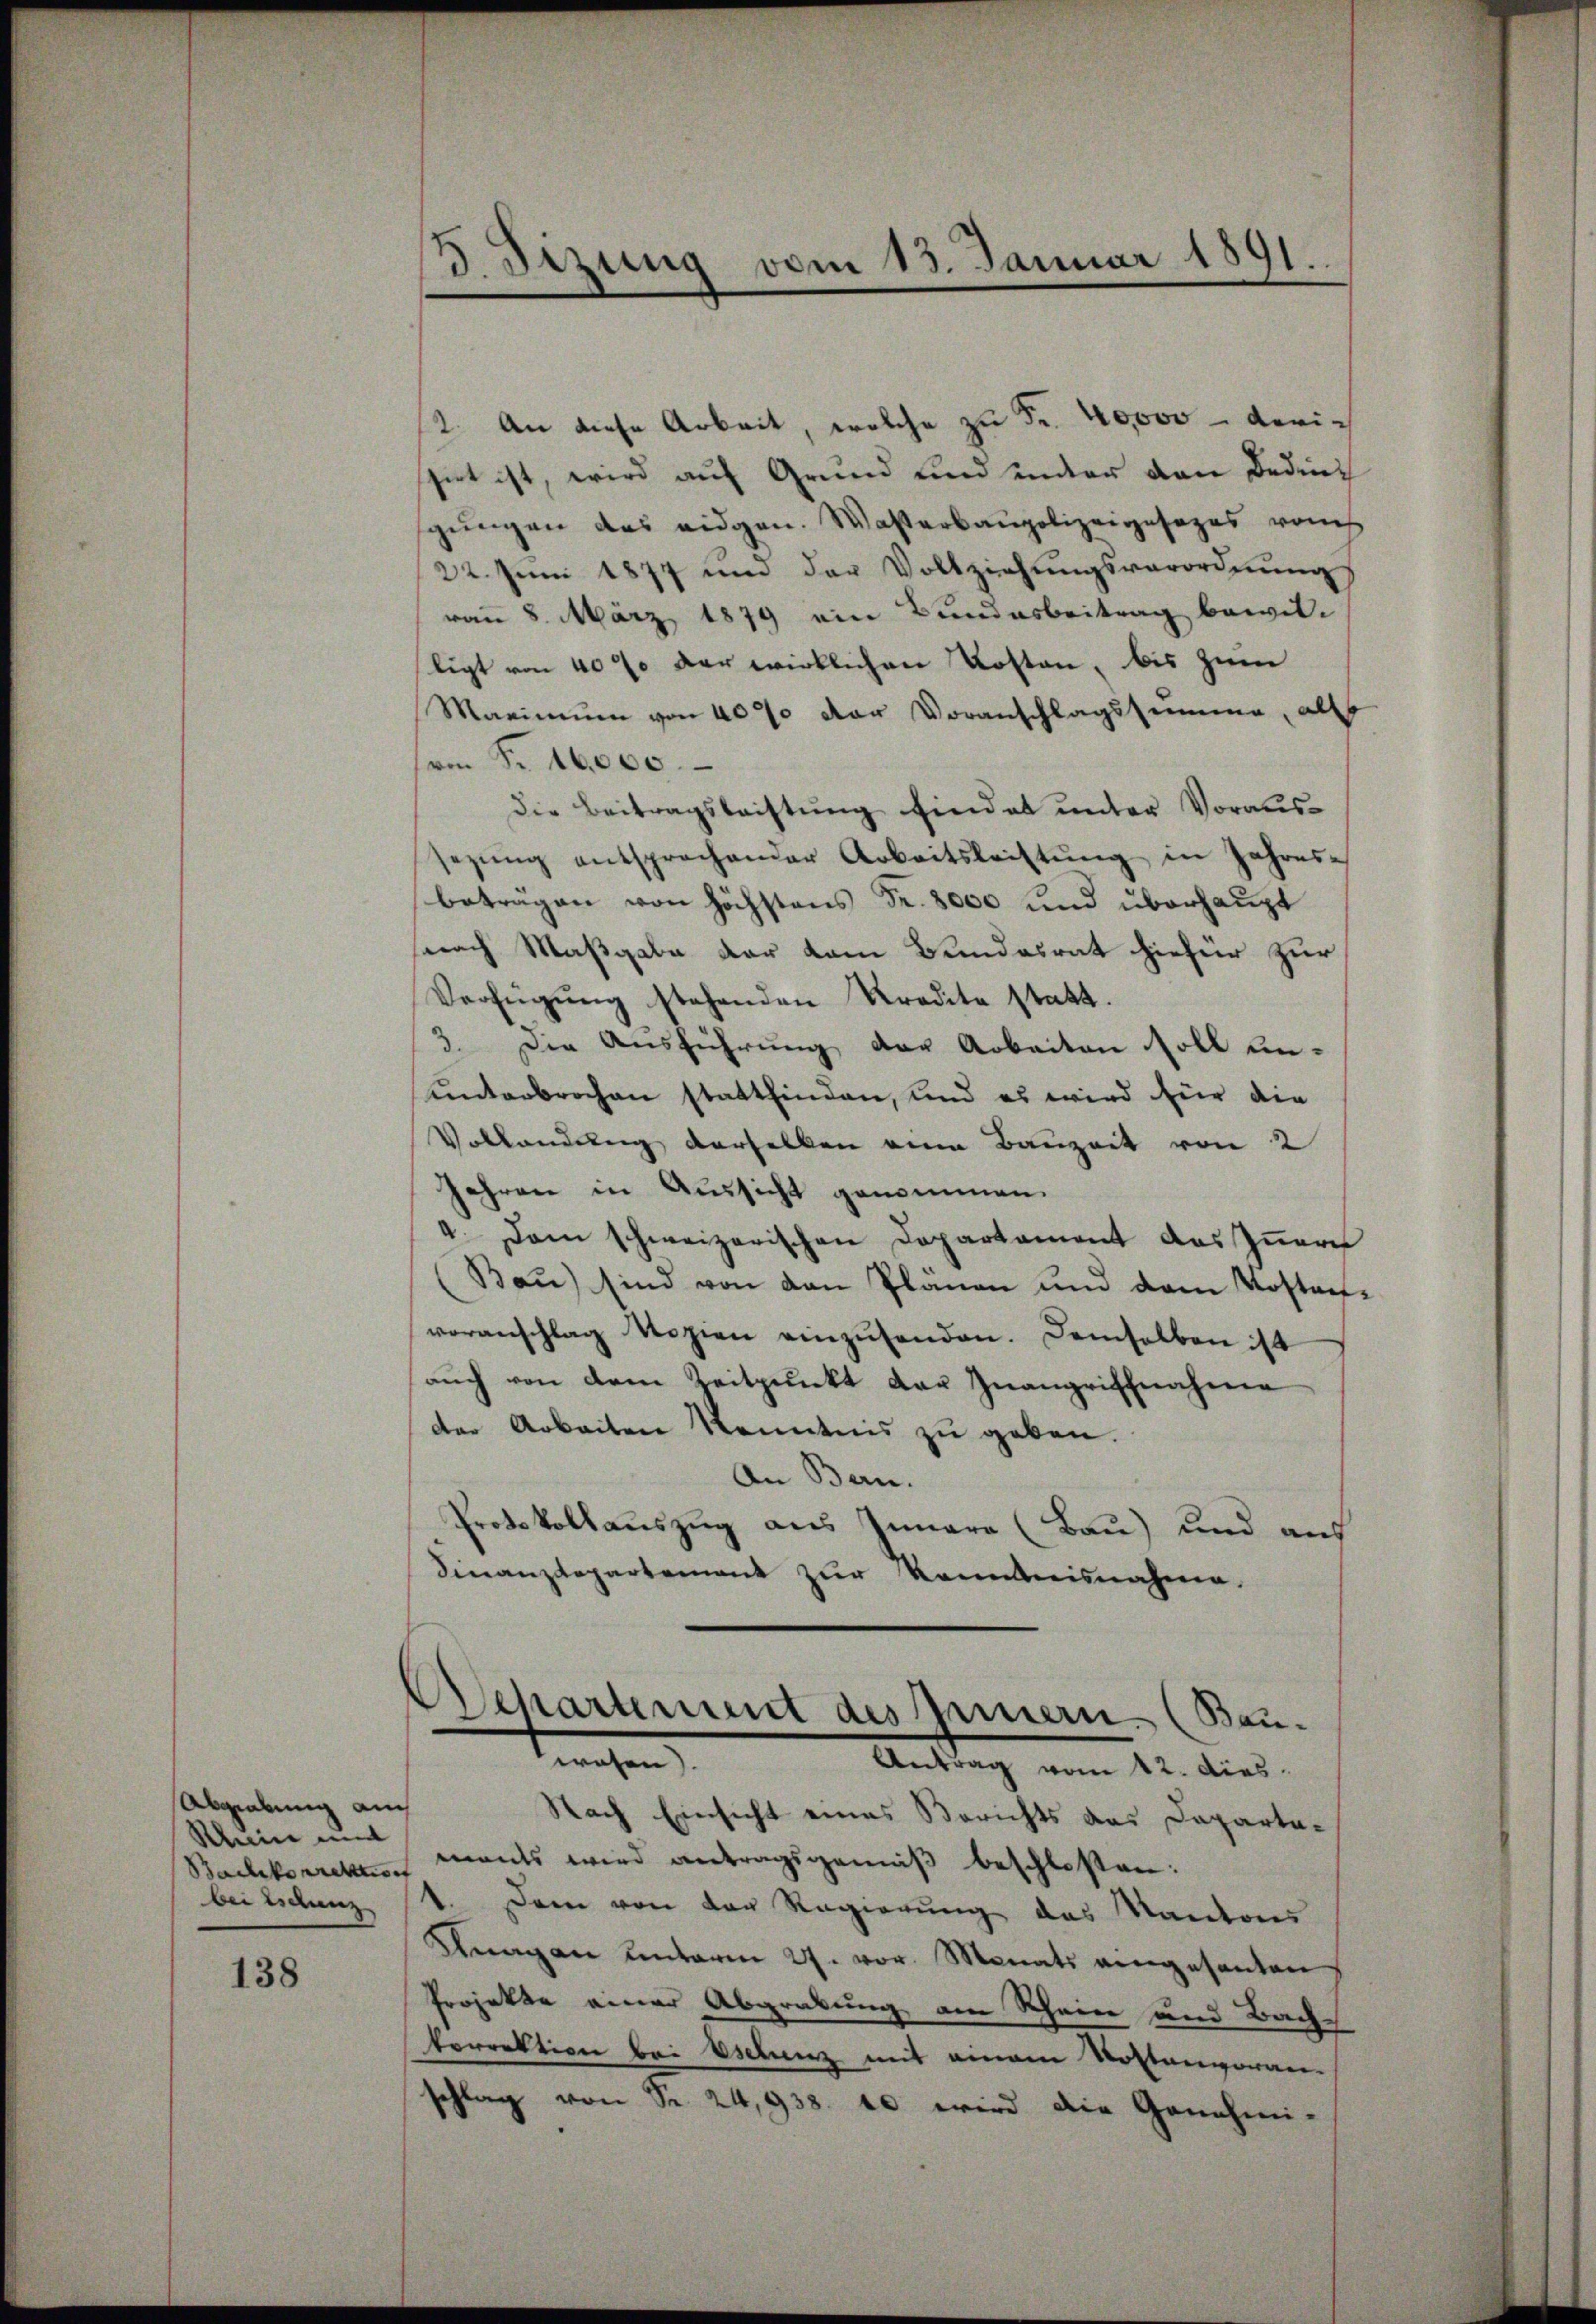
Abgrabung auch
Rhein mit
bei Eidenz

138

2. An diese Arbeit, welche zu Fr. 40000 - derisiet ist, wird auf Grund und unter den Beding
gungen des eidgen. Wasserbaupolizeigesezes von
22. Juni 1877 ŭm der Vollziehŭngsverordnŭng
von 8. März 1879 ein Bundesbeitrag bewil-
ligt von 40% der wirklichen Kosten, bis zum
Maximum von 40% der Voranschlagssumme, als
(von Fr. 16,000.
Die Beitragsleistung findet unter Voraussezŭng entsprechender Arbeitsleistŭng in Jahres-
beträgen von höchstens Fr. 8000 und überhaupt
nach Maßgabe der vom Bundesrat hiefür zur
Verfügŭng stehenden Kredite statt.
3. Die Ausführung der Arbeiten soll ununterbrochen stattfinden, und es wird für die
Vollendung derselben eine Bauzeit von 2
Jahren in Aussicht genommen.
4. Dem schweizerischen Departament des Innern
Bau) sind von den Plänen und dem Kostenveranschlag Kopien einzŭsenden. Demselben ist
auch von dem Zeitpunkt der Inangriffnahme
der Arbeiten Kenntnis zu geben.
An Bern.
Protokollauszug aus Innara (Bau) und aus
Finanzdepartement zŭr Kenntnisnahme.

3 Sizung vom 13. Januar 1891.

Departement des Innern. (Bauwohen).
Antrag vom 12. dies

Nach Einsicht eines Berichts das Daparta¬
Bachkorrekten mants wird antragsgemäß beschlossen:
1. Dem von der Regierung des Kantons
Knagen unterm 27. vor. Monats eingesanten
Projekte einer Abgrabung am Schein und Bach
korrektion bei Eselenz mit einem Kostenvoran-
schlag von Sr. 24,938. 10 wird die Genehmi-